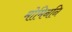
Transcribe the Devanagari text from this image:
मोमिननि